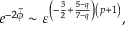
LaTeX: e ^ { - 2 \tilde { \phi } } \sim \varepsilon ^ { \left( - \frac { 3 } { 2 } + \frac { 5 - q } { 7 - q } \right) \left( p + 1 \right) } ,